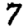
Digit: 7